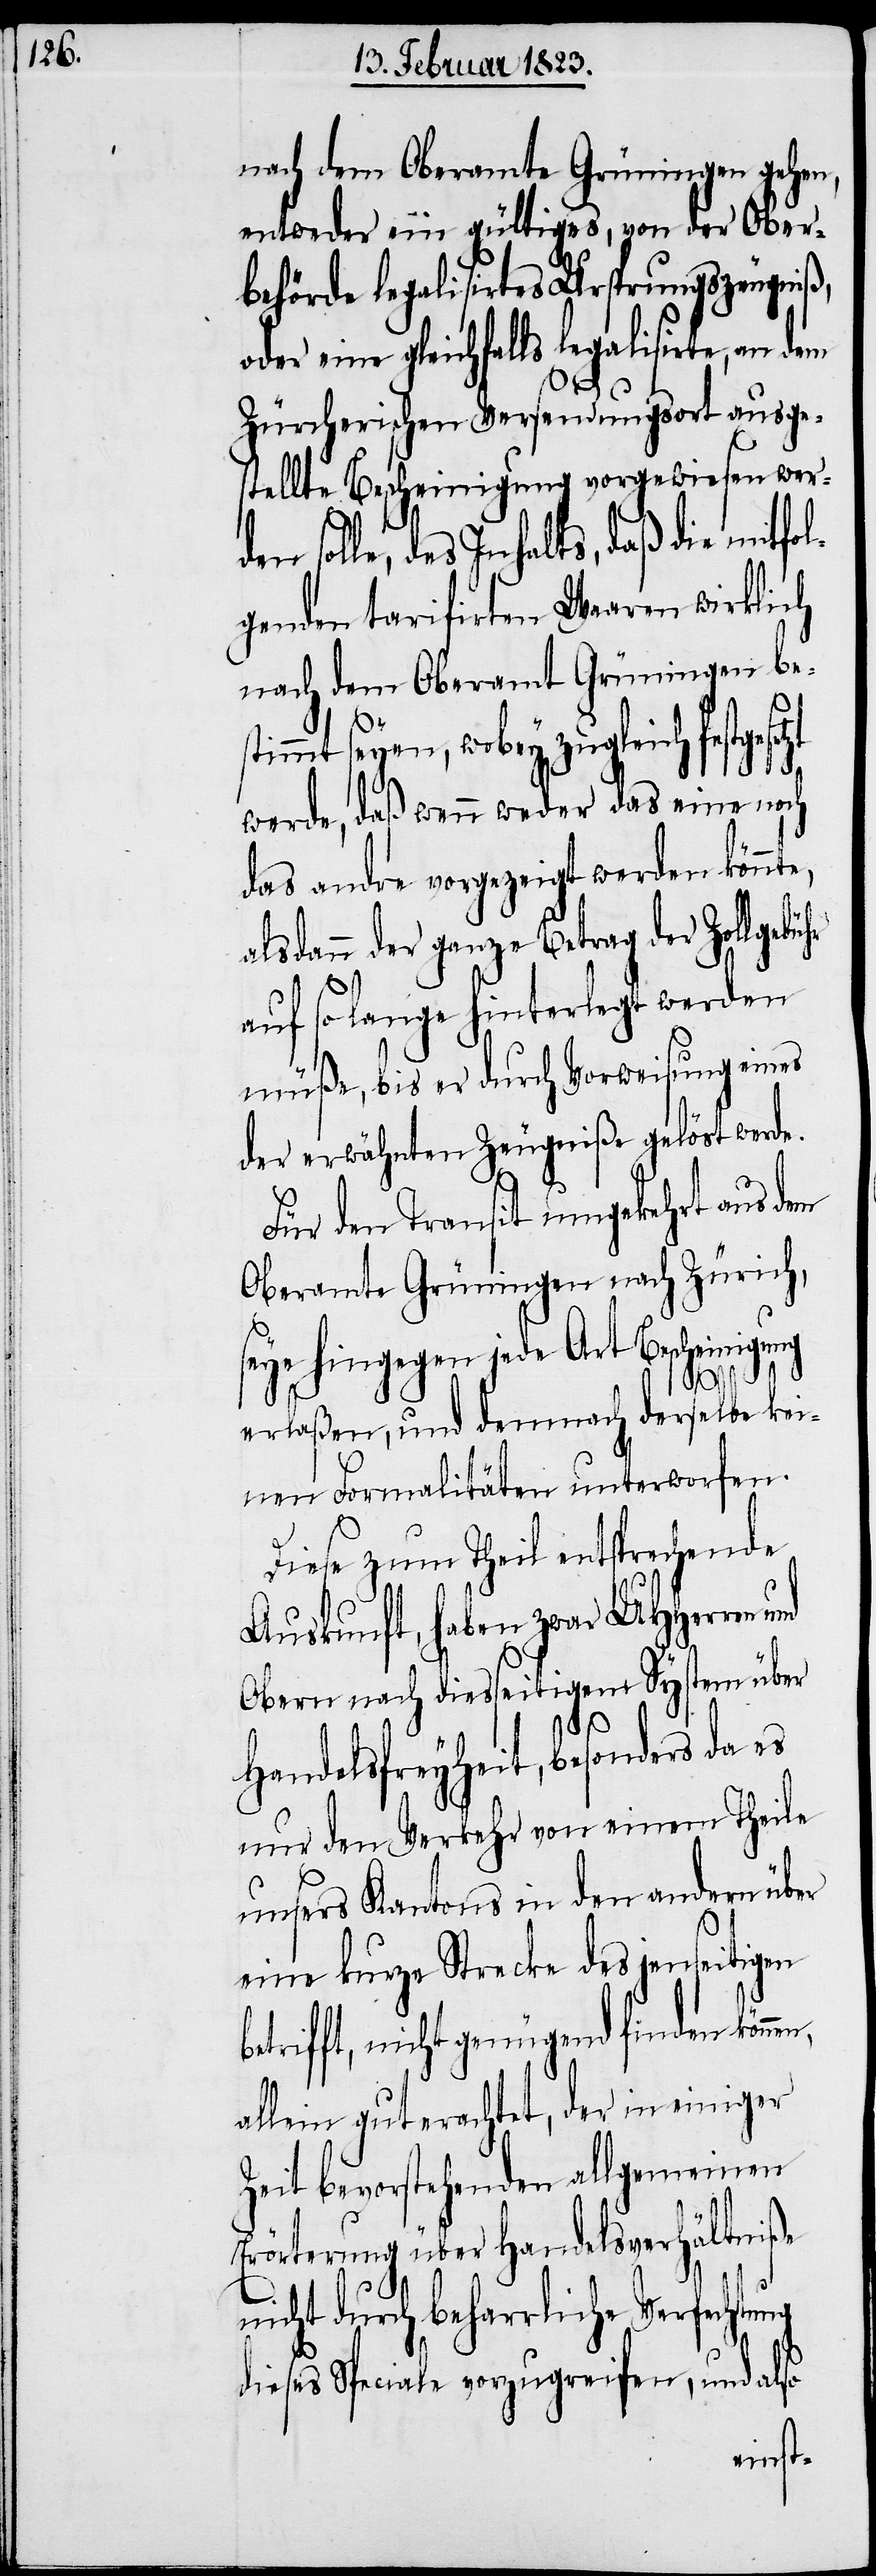
nach dem Oberamte Grüningen gehen,
entweder ein gültiges, von der Ober¬
behörde legalisirtes Ursprungszeugniß
oder eine gleichfalls legalisirte, an
Zürcherischen Versendungsort ausge¬
stellte Bescheinigung vorgewiesen wer¬
n solle, des Inhalts, daß die mitfol¬
genden tarifirten Waaren wirklich
nach dem Oberamt Grüningen be¬
stimmt seyen, wobey zugleich festgeset¬
werde, daß wenn weder das eine noch
das andre vorgezeigt werden könnte,
alsdann der ganze Betrag der Zollge¬
auf so lange hinterlegt werden
müße, bis er durch Vorweisung eines
der erwähnten Zeugniße gelöst werde.
Für den Transit umgekehrt aus dem
Oberamte Grüningen nach Zürich,
seye hingegen jede Art Bescheinigung
n,
erlaßen, und demnach derselbe kei¬
nen Formalitäten unterworfen.
Diese zum Theil entsprechende
Auskunft, haben zwar UHHerren
zt
Obern nach diesseitigem System über
Handelsfreyheit, besonders da es
nur den Verkehr von einem Theile
unsers Kantons in den andern über
eine kurze Strecke des jenseitigen
rifft, nicht genügend finden könne¬
allein gut erachtet, der in einiger
Zeit bevorstehenden allgemeinen
Erörterung über Handelsverhältniße
nicht durch beharrliche Verfechtung
dieses Speciale vorzugreifen, und also